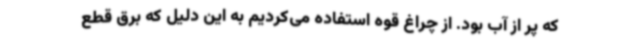
که پر از آب بود. از چراغ قوه استفاده می‌کردیم به این دلیل که برق قطع